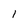
Character: 1